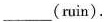
___(ruin).